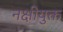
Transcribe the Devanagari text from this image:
नक्षीयुक्त